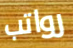
رواتب